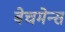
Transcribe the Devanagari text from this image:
बेचमेन्स